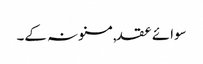
سوائے عقد,مسنونہ کے۔